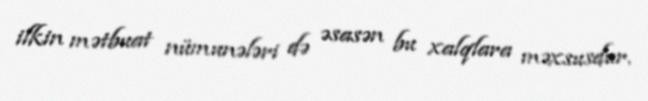
ilkin mətbuat nümunələri də əsasən bu xalqlara məxsusdur.